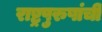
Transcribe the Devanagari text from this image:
राष्ट्रपुरुषांची